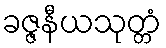
ခဇ္ဇနီယသုတ္တံ